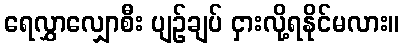
ရေလွှာလျှောစီး ပျဉ်ချပ် ငှားလို့ရနိုင်မလား။